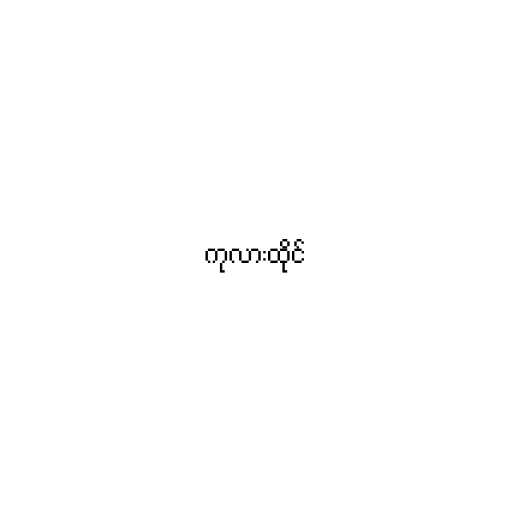
ကုလားထိုင်